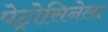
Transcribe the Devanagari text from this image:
पेट्रोसिनेला